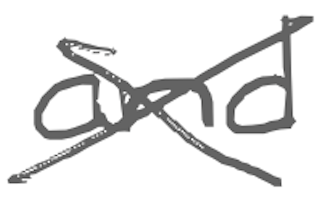
Text: and
Cross-out: cross
Writing tool: digital_gray